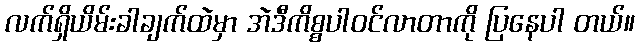
လက်ရှိယိမ်းခါချက်ထဲမှာ အဲဒီကိစ္စပါဝင်လာတာကို ပြနေပါ တယ်။